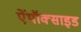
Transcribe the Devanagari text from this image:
ऐंथॉक्साइड